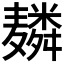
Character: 𱋬